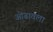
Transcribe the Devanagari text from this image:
ओढावला